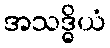
အသဒ္ဓိယံ